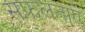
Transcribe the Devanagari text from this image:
सफलताऐं